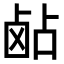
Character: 𬸵